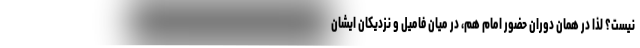
نیست؟ لذا در همان دوران حضور امام هم، در میان فامیل و نزدیکان ایشان